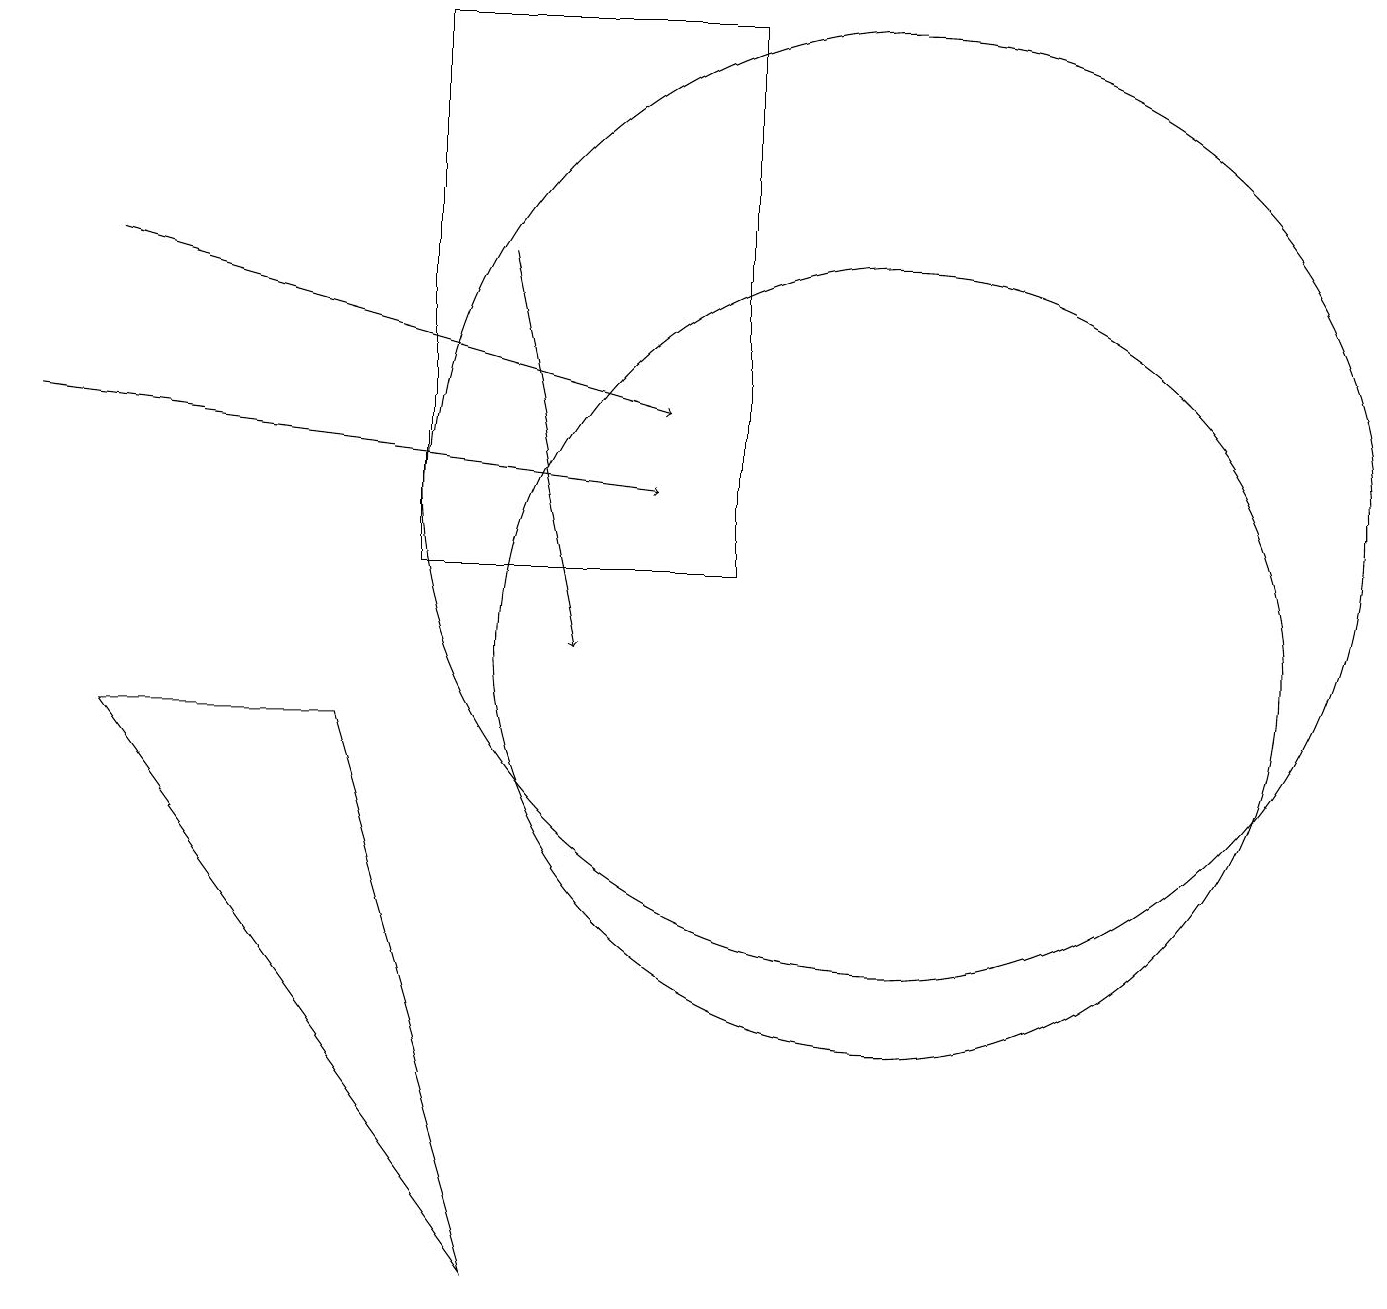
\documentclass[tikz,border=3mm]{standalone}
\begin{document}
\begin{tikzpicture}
\draw[->] (1,15) -- (8,13);
\draw (9,11) rectangle (5,18);
\draw (11,10) circle (5);
\draw (11,12) circle (6);
\draw[->] (0,13) -- (8,12);
\draw (6,2) -- (1,9) -- (4,9) -- cycle;
\draw[->] (6,15) -- (7,10);
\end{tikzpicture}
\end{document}